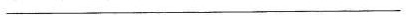
________________________________________